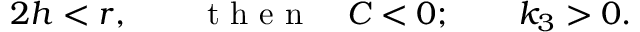
\begin{array} { r } { 2 h < r , \qquad \mathrm { ~ t ~ h ~ e ~ n ~ } \quad C < 0 ; \qquad k _ { 3 } > 0 . } \end{array}